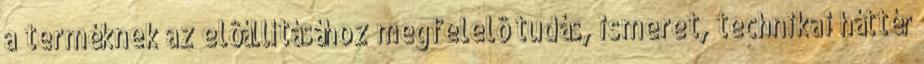
a terméknek az elôállításához megfelelô tudás, ismeret, technikai háttér